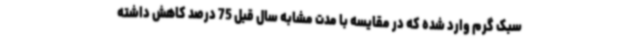
سبک گرم وارد شده که در مقایسه با مدت مشابه سال قبل 75 درصد کاهش داشته